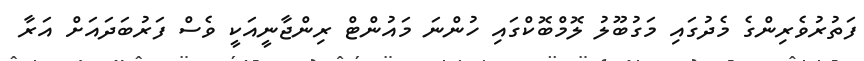
ފަތުރުވެރިންގެ މެދުގައި މަގުބޫލު ލޮމްބޮކްގައި ހުންނަ މައުންޓް ރިންޖާނީއަކީ ވެސް ފަރުބަދައަށް އަރާ